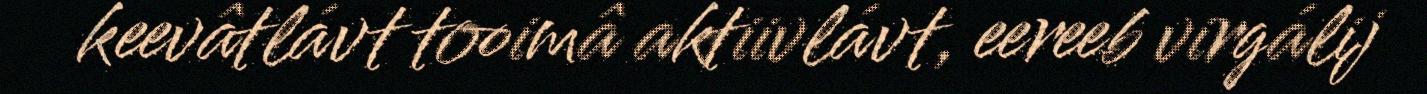
keevâtlávt tooimâ aktiivlávt, eereeb virgálij